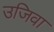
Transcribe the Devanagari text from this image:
उजिवा